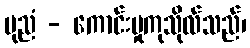
ပုညံ - ကောင်းမှုကုသိုလ်သည်၊